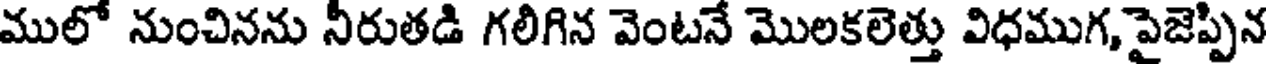
ములో నుంచినను నీరుతడి గలిగిన వెంటనే మొలకలెత్తు విధముగ, పైజెప్పిన